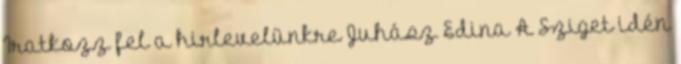
Iratkozz fel a hirlevelünkre Juhász Edina A Sziget idén